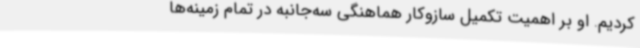
کردیم. او بر اهمیت تکمیل سازوکار هماهنگی سه‌جانبه در تمام زمینه‌ها